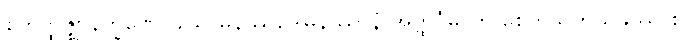
စတုတ္ထဇ္ဈာနက္ခဏေ။ သောမနဿဒေါမနဿာနံ အတ္ထင်္ဂမာတိ စေတသိကသုခဿ စ